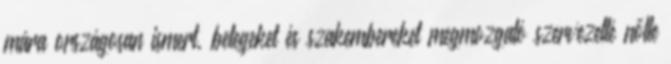
mára országosan ismert, betegeket és szakembereket megmozgató szervezetté nőtte